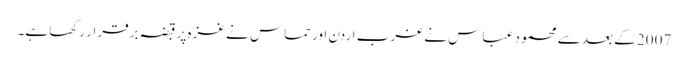
2007 کے بعد سے محمود عباس نے غربِ اردن اور حماس نے غزہ پر قبضہ برقرار رکھا ہے۔